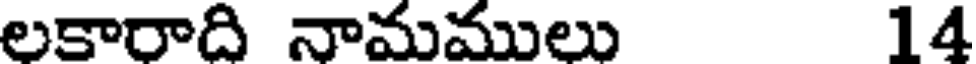
లకారాది నామములు 14